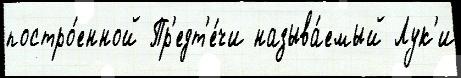
постро́енной Пр'едт'е́чи называ́емый Лук'и